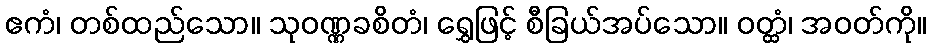
ဧကံ၊ တစ်ထည်သော။ သုဝဏ္ဏခစိတံ၊ ရွှေဖြင့် စီခြယ်အပ်သော။ ဝတ္ထံ၊ အဝတ်ကို။